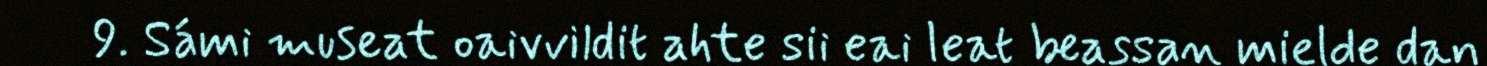
9. Sámi museat oaivvildit ahte sii eai leat beassan mielde dan